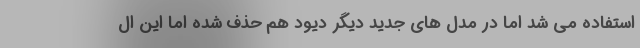
استفاده می شد اما در مدل های جدید دیگر دیود هم حذف شده اما این ال